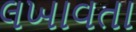
લખાવતા